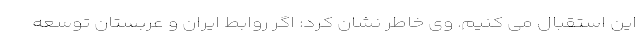
این استقبال می کنیم. وی خاطر نشان کرد: اگر روابط ایران و عربستان توسعه